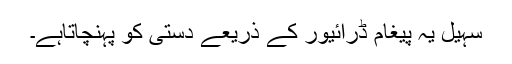
سہیل یہ پیغام ڈرائیور کے ذریعے دستی کو پہنچاتاہے۔